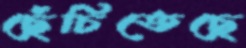
ছেঁচিতেছে